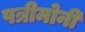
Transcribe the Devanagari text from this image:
पत्रीमोनी